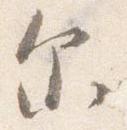
尓